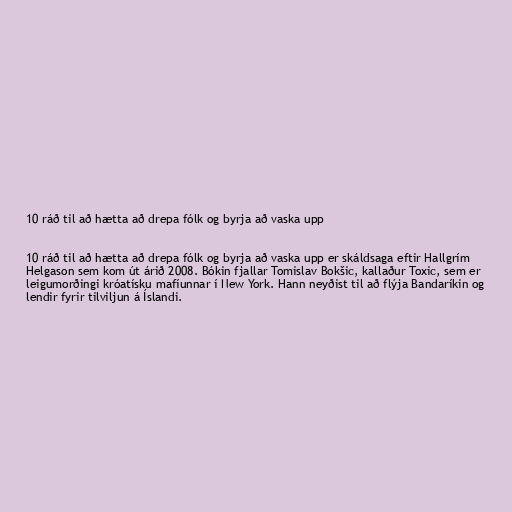
10 ráð til að hætta að drepa fólk og byrja að vaska upp

10 ráð til að hætta að drepa fólk og byrja að vaska upp er skáldsaga eftir Hallgrím
Helgason sem kom út árið 2008. Bókin fjallar Tomislav Bokšic, kallaður Toxic, sem er
leigumorðingi króatísku mafíunnar í New York. Hann neyðist til að flýja Bandaríkin og
lendir fyrir tilviljun á Íslandi.